画像に写った文字を読んでください
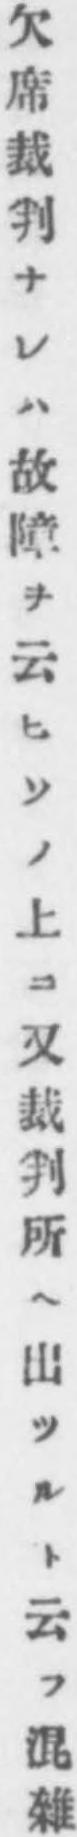
「欠席裁判ナレハ故障ヲ云ヒソノ上ニ又裁判所へ出ツルト云フ混雜」と書いてあります